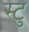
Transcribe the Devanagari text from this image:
स्टु